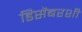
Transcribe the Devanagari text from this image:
डिसेंबरशी